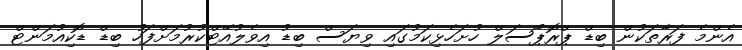
އެންމެ ފަރާތަކުން ބިޑް ޕްރޮޕޯސަލް ހުށަހެޅިކަމުގައި ވިޔަސް ބިޑު އިވެލުއޭޓްކުރުމަށްފަހު ބިޑް ޑޮކިއުމަންޓް